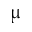
\upmu